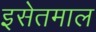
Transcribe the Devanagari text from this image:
इसेतमाल